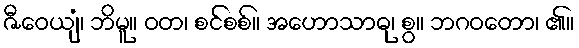
ဇီဝေယျံ၊ ဘိမူ။ ဝတ၊ စင်စစ်။ အဟောသာဓု၊ စွ။ ဘဂဝတော၊ ၏။